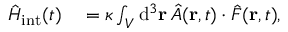
\begin{array} { r l } { \hat { H } _ { \mathrm { i n t } } ( t ) } & { { } = \kappa \int _ { \cal V } \mathrm { d } ^ { 3 } { \bf r } \, \hat { A } ( { \bf r } , t ) \cdot \hat { F } ( { \bf r } , t ) , } \end{array}